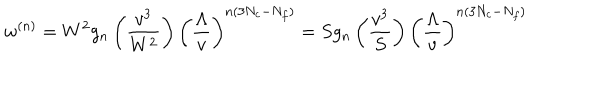
w ^ { ( n ) } = W ^ { 2 } g _ { n } \left( \frac { v ^ { 3 } } { W ^ { 2 } } \right) \left( \frac { \Lambda } { v } \right) ^ { n ( 3 N _ { c } - N _ { f } ) } = S g _ { n } \left( \frac { v ^ { 3 } } { S } \right) \left( \frac { \Lambda } { v } \right) ^ { n ( 3 N _ { c } - N _ { f } ) }